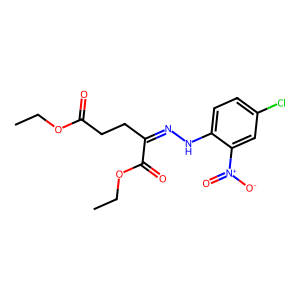
SMILES: CCOC(=O)CCC(=NNc1ccc(Cl)cc1[N+](=O)[O-])C(=O)OCC
Inhibits HIV replication: No